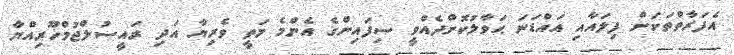
އެފަރާތްތަކަށް ފިލައާއި އައްޑަނަ ޙަަވާލުކޮށްދެއްވީ ސިފައިންގެ އެންމެ މަތީ ވެރިޔާ އަދި ރައީސުލްޖުމްހޫރިއްޔާ